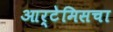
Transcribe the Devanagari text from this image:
आर्टेमिसचा